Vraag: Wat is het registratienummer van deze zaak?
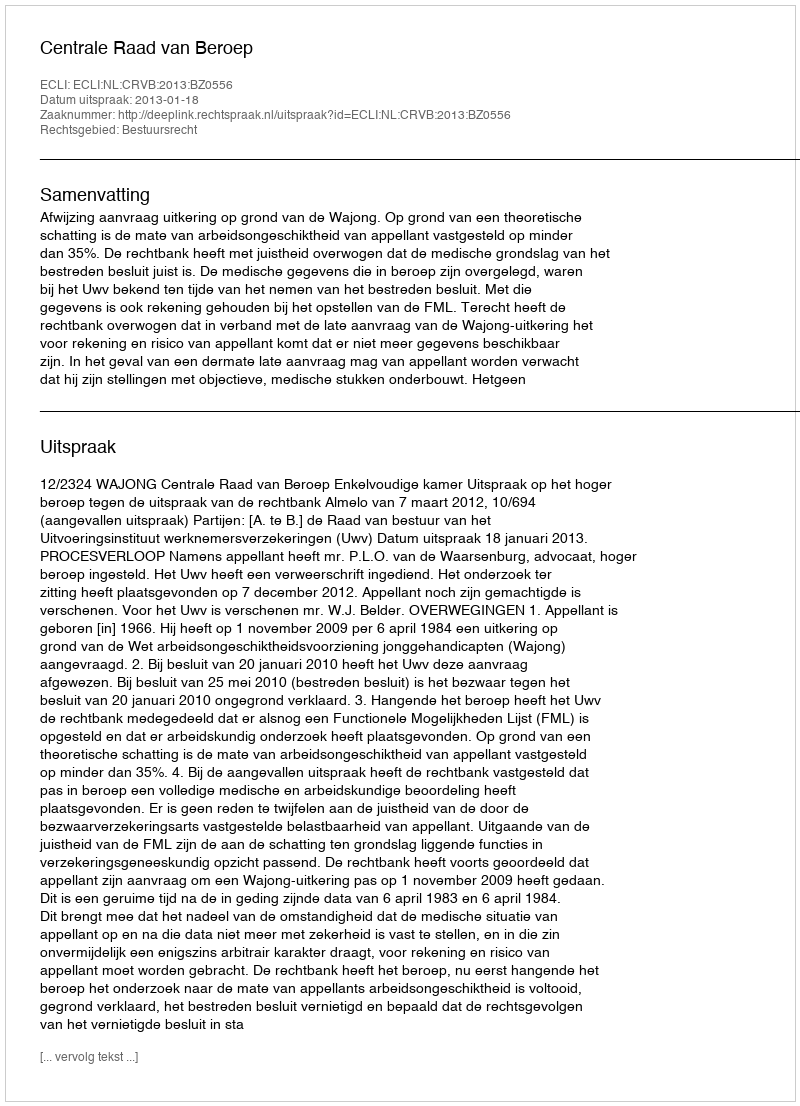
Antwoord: http://deeplink.rechtspraak.nl/uitspraak?id=ECLI:NL:CRVB:2013:BZ0556